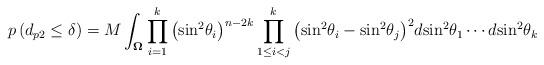
LaTeX: \begin{align*}p\left( {{d_{p2}} \leq \delta } \right) = M\int_{\mathbf{\Omega }} {\prod\limits_{i = 1}^k {{{\left( {{{\sin }^2}{\theta _i}} \right)}^{n - 2k}}} \prod\limits_{1 \leq i < j}^k {{{\left( {{{\sin }^2}{\theta _i} - {{\sin }^2}{\theta _j}} \right)}^2}} d{{\sin }^2}{\theta _1} \cdots d{{\sin }^2}{\theta _k}} \end{align*}